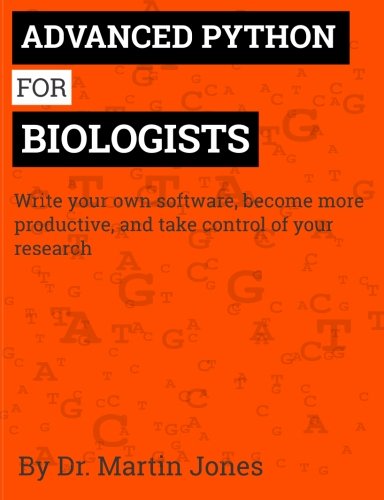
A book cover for Advanced Python for Biologists; Dr Martin O Jones; Computers & Technology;